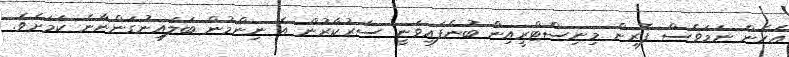
އެހެން ނަމަވެސް ފޮރިން މިނިސްޓްރީއިން ބުނެފައިވަނީ ސަރުކާރުން އެ ނިންމުން ބަލައިނުގަންނާނެ ކަމަށެވެ.